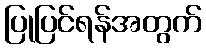
ပြုပြင်ရန်အတွက်